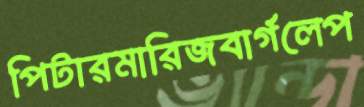
পিটারমারিজবার্গলেপ